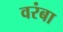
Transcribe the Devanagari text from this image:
वरंबा